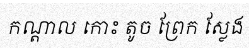
កណ្តាល កោះ តូច ព្រែក ស្លែង